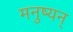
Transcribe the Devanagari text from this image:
मनुष्यन्